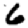
Digit: 6